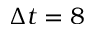
\Delta t = 8